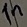
Text: In